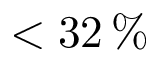
< 3 2 \, \%